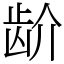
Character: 𬹼